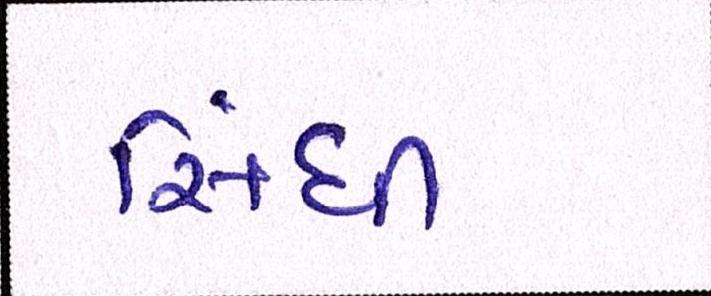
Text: સિંધી